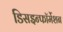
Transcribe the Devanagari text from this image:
डिसइन्फॉर्मेशन